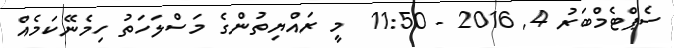
ސެޕްޓެމްބަރު 4